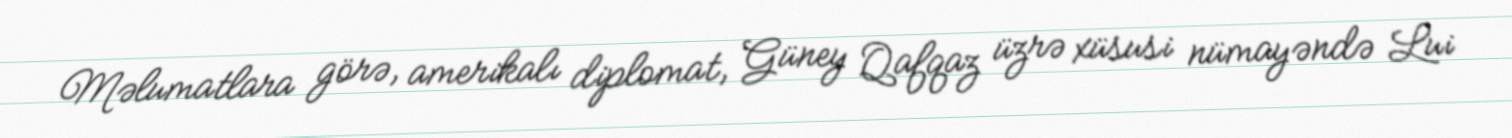
Məlumatlara görə, amerikalı diplomat, Güney Qafqaz üzrə xüsusi nümayəndə Lui